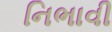
નિભાવી